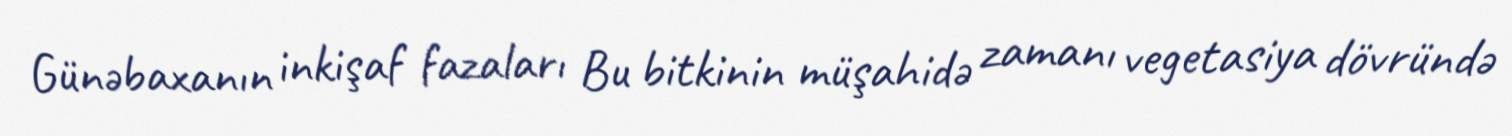
Günəbaxanın inkişaf fazaları Bu bitkinin müşahidə zamanı vegetasiya dövründə